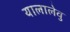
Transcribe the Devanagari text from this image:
यालालेवु